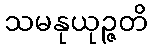
သမနုယုဉ္ဇတိ